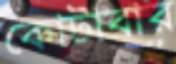
কোটাবার